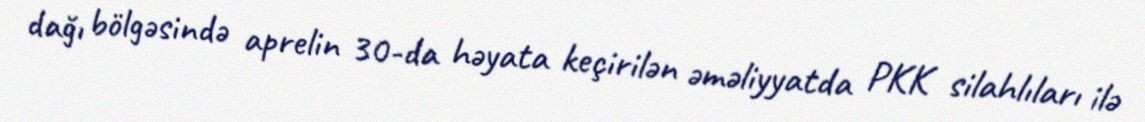
dağı bölgəsində aprelin 30-da həyata keçirilən əməliyyatda PKK silahlıları ilə